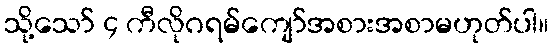
သို့သော် ၄ ကီလိုဂရမ်ကျော်အစားအစာမဟုတ်ပါ။